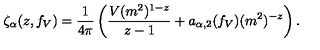
\zeta _ { \alpha } ( z , f _ { V } ) = { \frac { 1 } { 4 \pi } } \left( { \frac { V ( m ^ { 2 } ) ^ { 1 - z } } { z - 1 } } + a _ { \alpha , 2 } ( f _ { V } ) ( m ^ { 2 } ) ^ { - z } \right) .